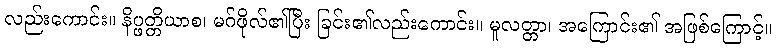
လည်းကောင်း။ နိပ္ဖတ္တိယာစ၊ မဂ်ဖိုလ်၏ပြီး ခြင်း၏လည်းကောင်း။ မူလတ္တာ၊ အကြောင်း၏ အဖြစ်ကြောင့်။